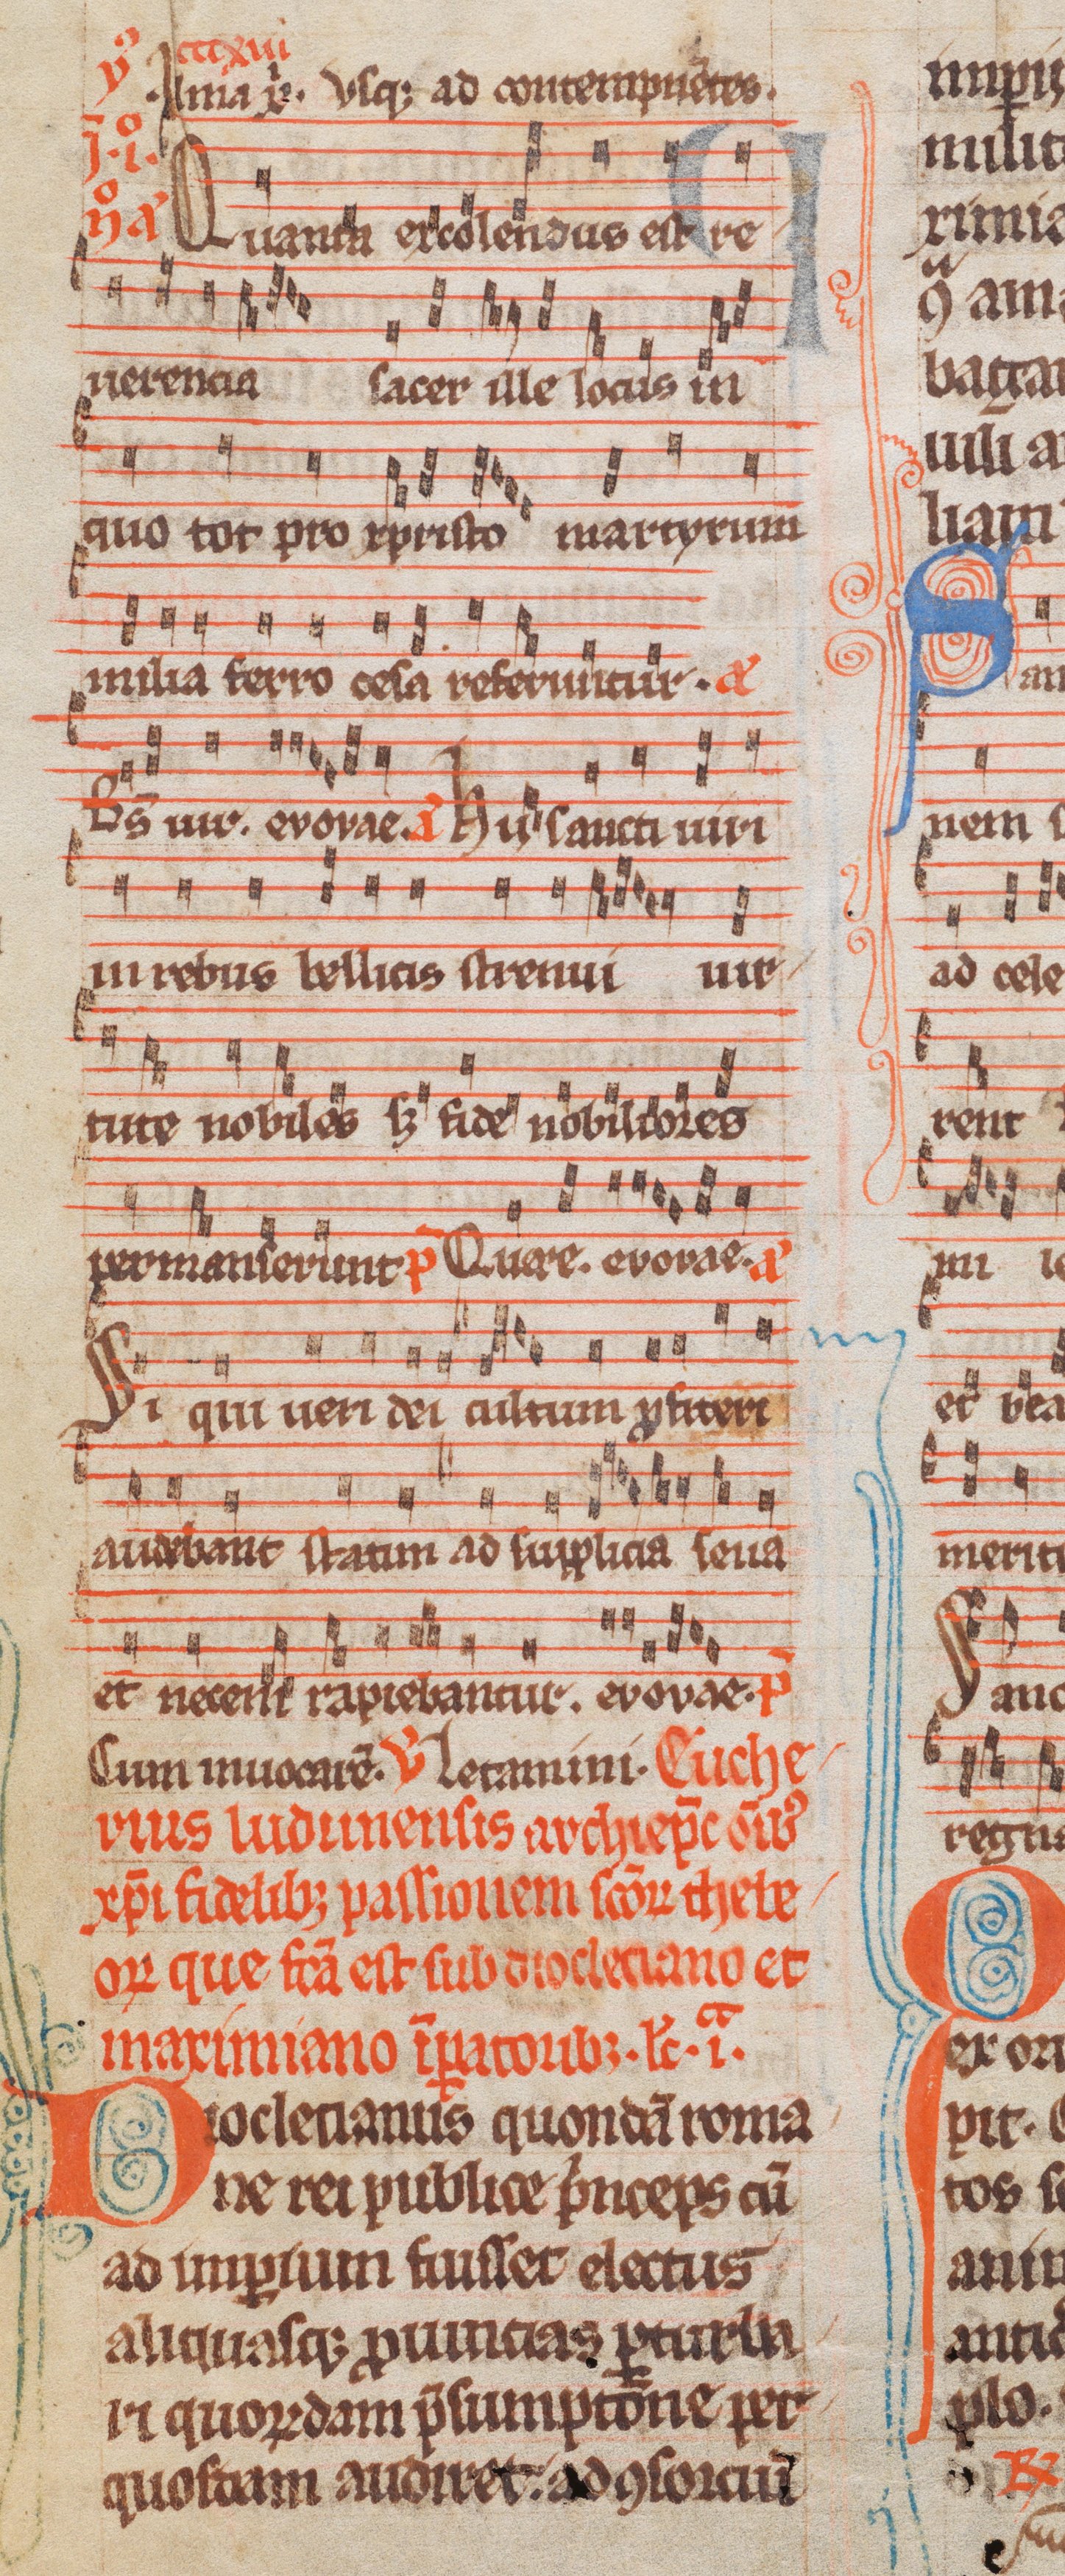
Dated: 1285–1315